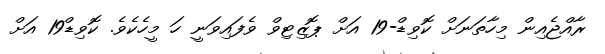
ރާއްޖެއިން މިހާތަނަށް ކޮވިޑް-19 އަށް ޕޮޒިޓިވް ވެފައިވަނީ ހަ މީހެކެވެ. ކޮވިޑް19 އަށް